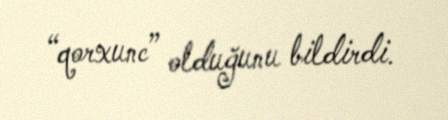
“qorxunc” olduğunu bildirdi.